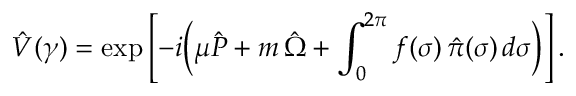
\hat { V } ( \gamma ) = \exp \left[ - i \Bigl ( \mu \hat { P } + m \, \hat { \Omega } + \int _ { 0 } ^ { 2 \pi } f ( \sigma ) \, \hat { \pi } ( \sigma ) \, d \sigma \Bigr ) \right] .